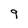
Character: 9